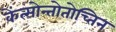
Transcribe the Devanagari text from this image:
केंत्सोन्तोतोच्तिन